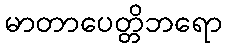
မာတာပေတ္တိဘရော